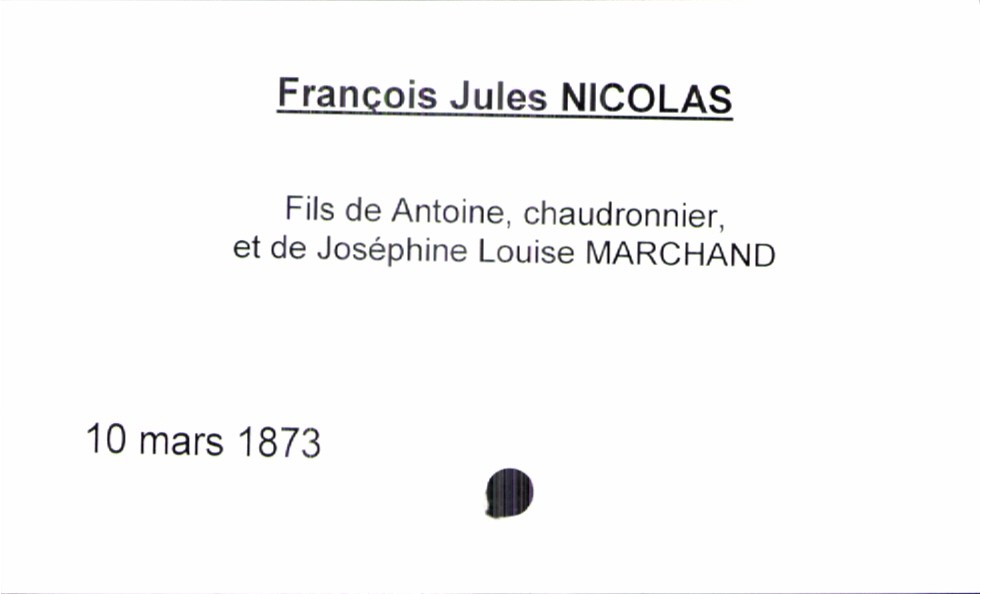
type_acte: Baptême
filiation: fils
enfant_prénom: François Jules
enfant_date_de_naissance: 10 mars 1873
père_enfant_nom: Nicolas
père_enfant_prénom: Antoine
père_enfant_profession: chaudronnier
mère_enfant_nom: Marchand
mère_enfant_prénom: Joséphine Louise